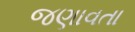
જણાવતા